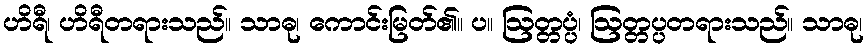
ဟိရီ၊ ဟိရီတရားသည်။ သာဓု၊ ကောင်းမြတ်၏။ ပ။ ဩတ္တပ္ပံ၊ ဩတ္တပ္ပတရားသည်။ သာဓု၊